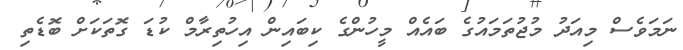
ނަމަވެސް މިއަދު މުޖުތަމައުގެ ބައެއް މީހުންގެ ކިބައިން އިހުތިރާމް ކުޑަ ގޮތަކަށް ބޮޑެތި